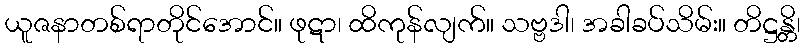
ယူဇနာတစ်ရာတိုင်အောင်။ ဖုဋာ၊ ထိကုန်လျက်။ သဗ္ဗဒါ၊ အခါခပ်သိမ်း။ တိဋ္ဌန္တိ၊